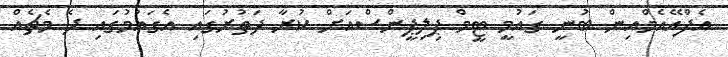
އެފްއޭއެމްއިން ބުނީ ގައުމީ ޓީމް ޕިލިޕީންސްއަށް ކުރާ ދަތުރުގައި އެގައުމުގައި ދެ މެޗެއް